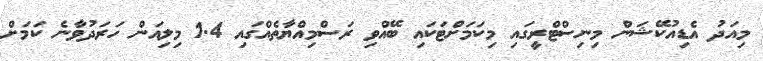
މިއަދު އެޑިއުކޭޝަން މިނިސްޓްރީގައި މިކަމަށްޓަކައި ބޭއްވި ރަސްމިއްޔާތެއްގައި 1.4 މިލިއަން ހަރަދުވާނެ ކަމަށް